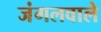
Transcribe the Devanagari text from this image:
जंगलवाले